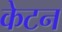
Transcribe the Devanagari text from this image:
केटन